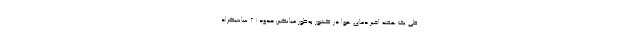
طی یک هفته اخیر دمای هوا در کشور به‌طور میانگین حدود ۲.۱ سانتیگراد